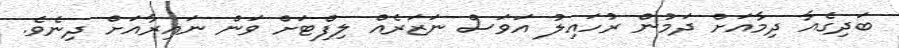
ބަދިގެއާ ދިމާއަށް ދަމުން ރުހައިލު އަވަސް ނަޒަރެއް ލިފްޓަށް ވަން ނައިރާއަށް ދިނެވެ.